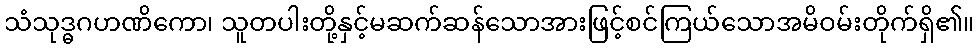
သံသုဒ္ဓဂဟဏိကော၊ သူတပါးတို့နှင့်မဆက်ဆန်သောအားဖြင့်စင်ကြယ်သောအမိဝမ်းတိုက်ရှိ၏။